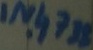
Text: IN4738